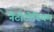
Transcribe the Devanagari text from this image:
नैटोटोरियम